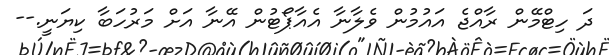
ދަ ހިޓްމޭން ރާއްޖެ އައުމުން ވެލާނާ އެއާޕޯޓުން އޭނާ އަށް މަރުހަބާ ކިޔަނީ.--